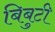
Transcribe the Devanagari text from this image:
बिबुटी